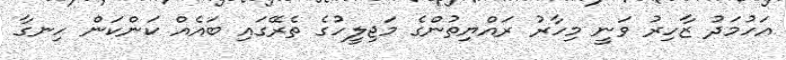
އަހުމަދު ޒާހިރު ވަނީ މިހާރު ރައްޔިތުންގެ މަޖިލީހުގެ ތެރޭގައި ބައެއް ކަންކަން ހިނގާ